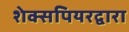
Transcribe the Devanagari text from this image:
शेक्सपियरद्वारा